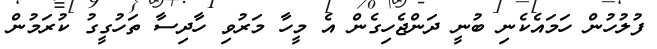
ފުލުހުން ހަމައެކެނި ބުނީ ދަންޖެހިގެން އެ މީހާ މަރުވި ހާދިސާ ތަހުގީގު ކުރަމުން